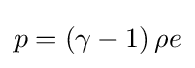
p=\left(\gamma -1\right)\rho e